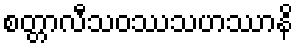
စတ္တာလီသဝဿသဟဿာနိ